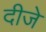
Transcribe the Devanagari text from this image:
दीजे